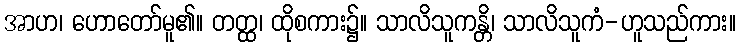
အာဟ၊ ဟောတော်မူ၏။ တတ္ထ၊ ထိုစကား၌။ သာလိသူကန္တိ၊ သာလိသူကံ-ဟူသည်ကား။